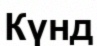
Күнд